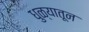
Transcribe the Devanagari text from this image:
धुळ्यातून